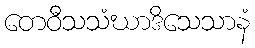
တေဝီသသံဃာဒိသေသာနံ